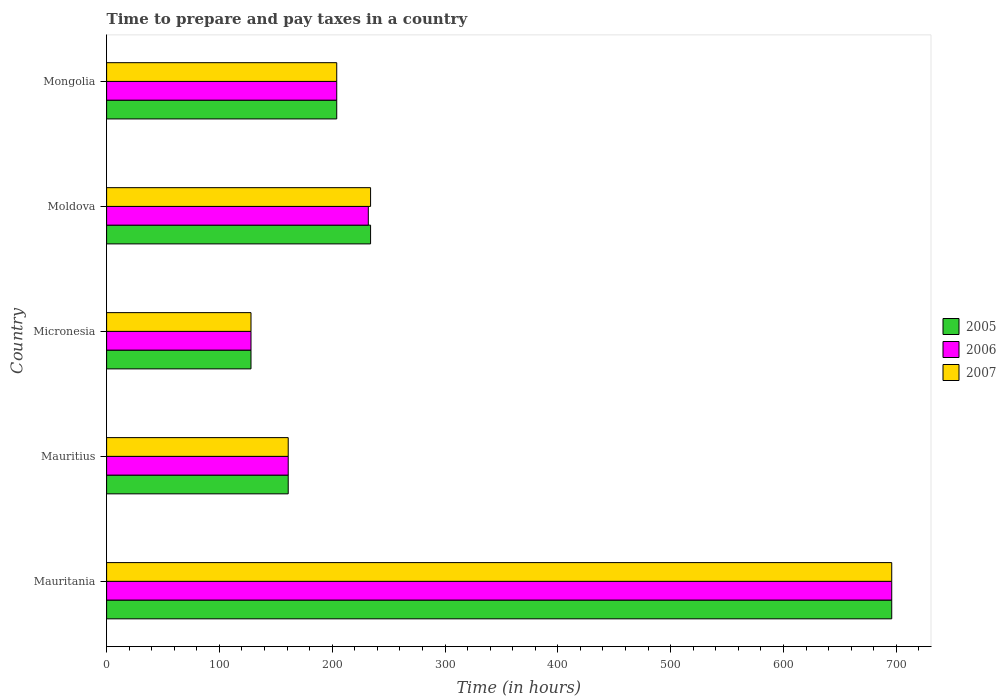
| Country | 2005 | 2006 | 2007 |
 | --- | --- | --- | --- |
 | Mauritania | 696 | 696 | 696 |
 | Mauritius | 161 | 161 | 161 |
 | Micronesia | 128 | 128 | 128 |
 | Moldova | 234 | 232 | 234 |
 | Mongolia | 204 | 204 | 204 |